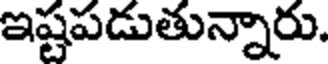
ఇష్టపడుతున్నారు.